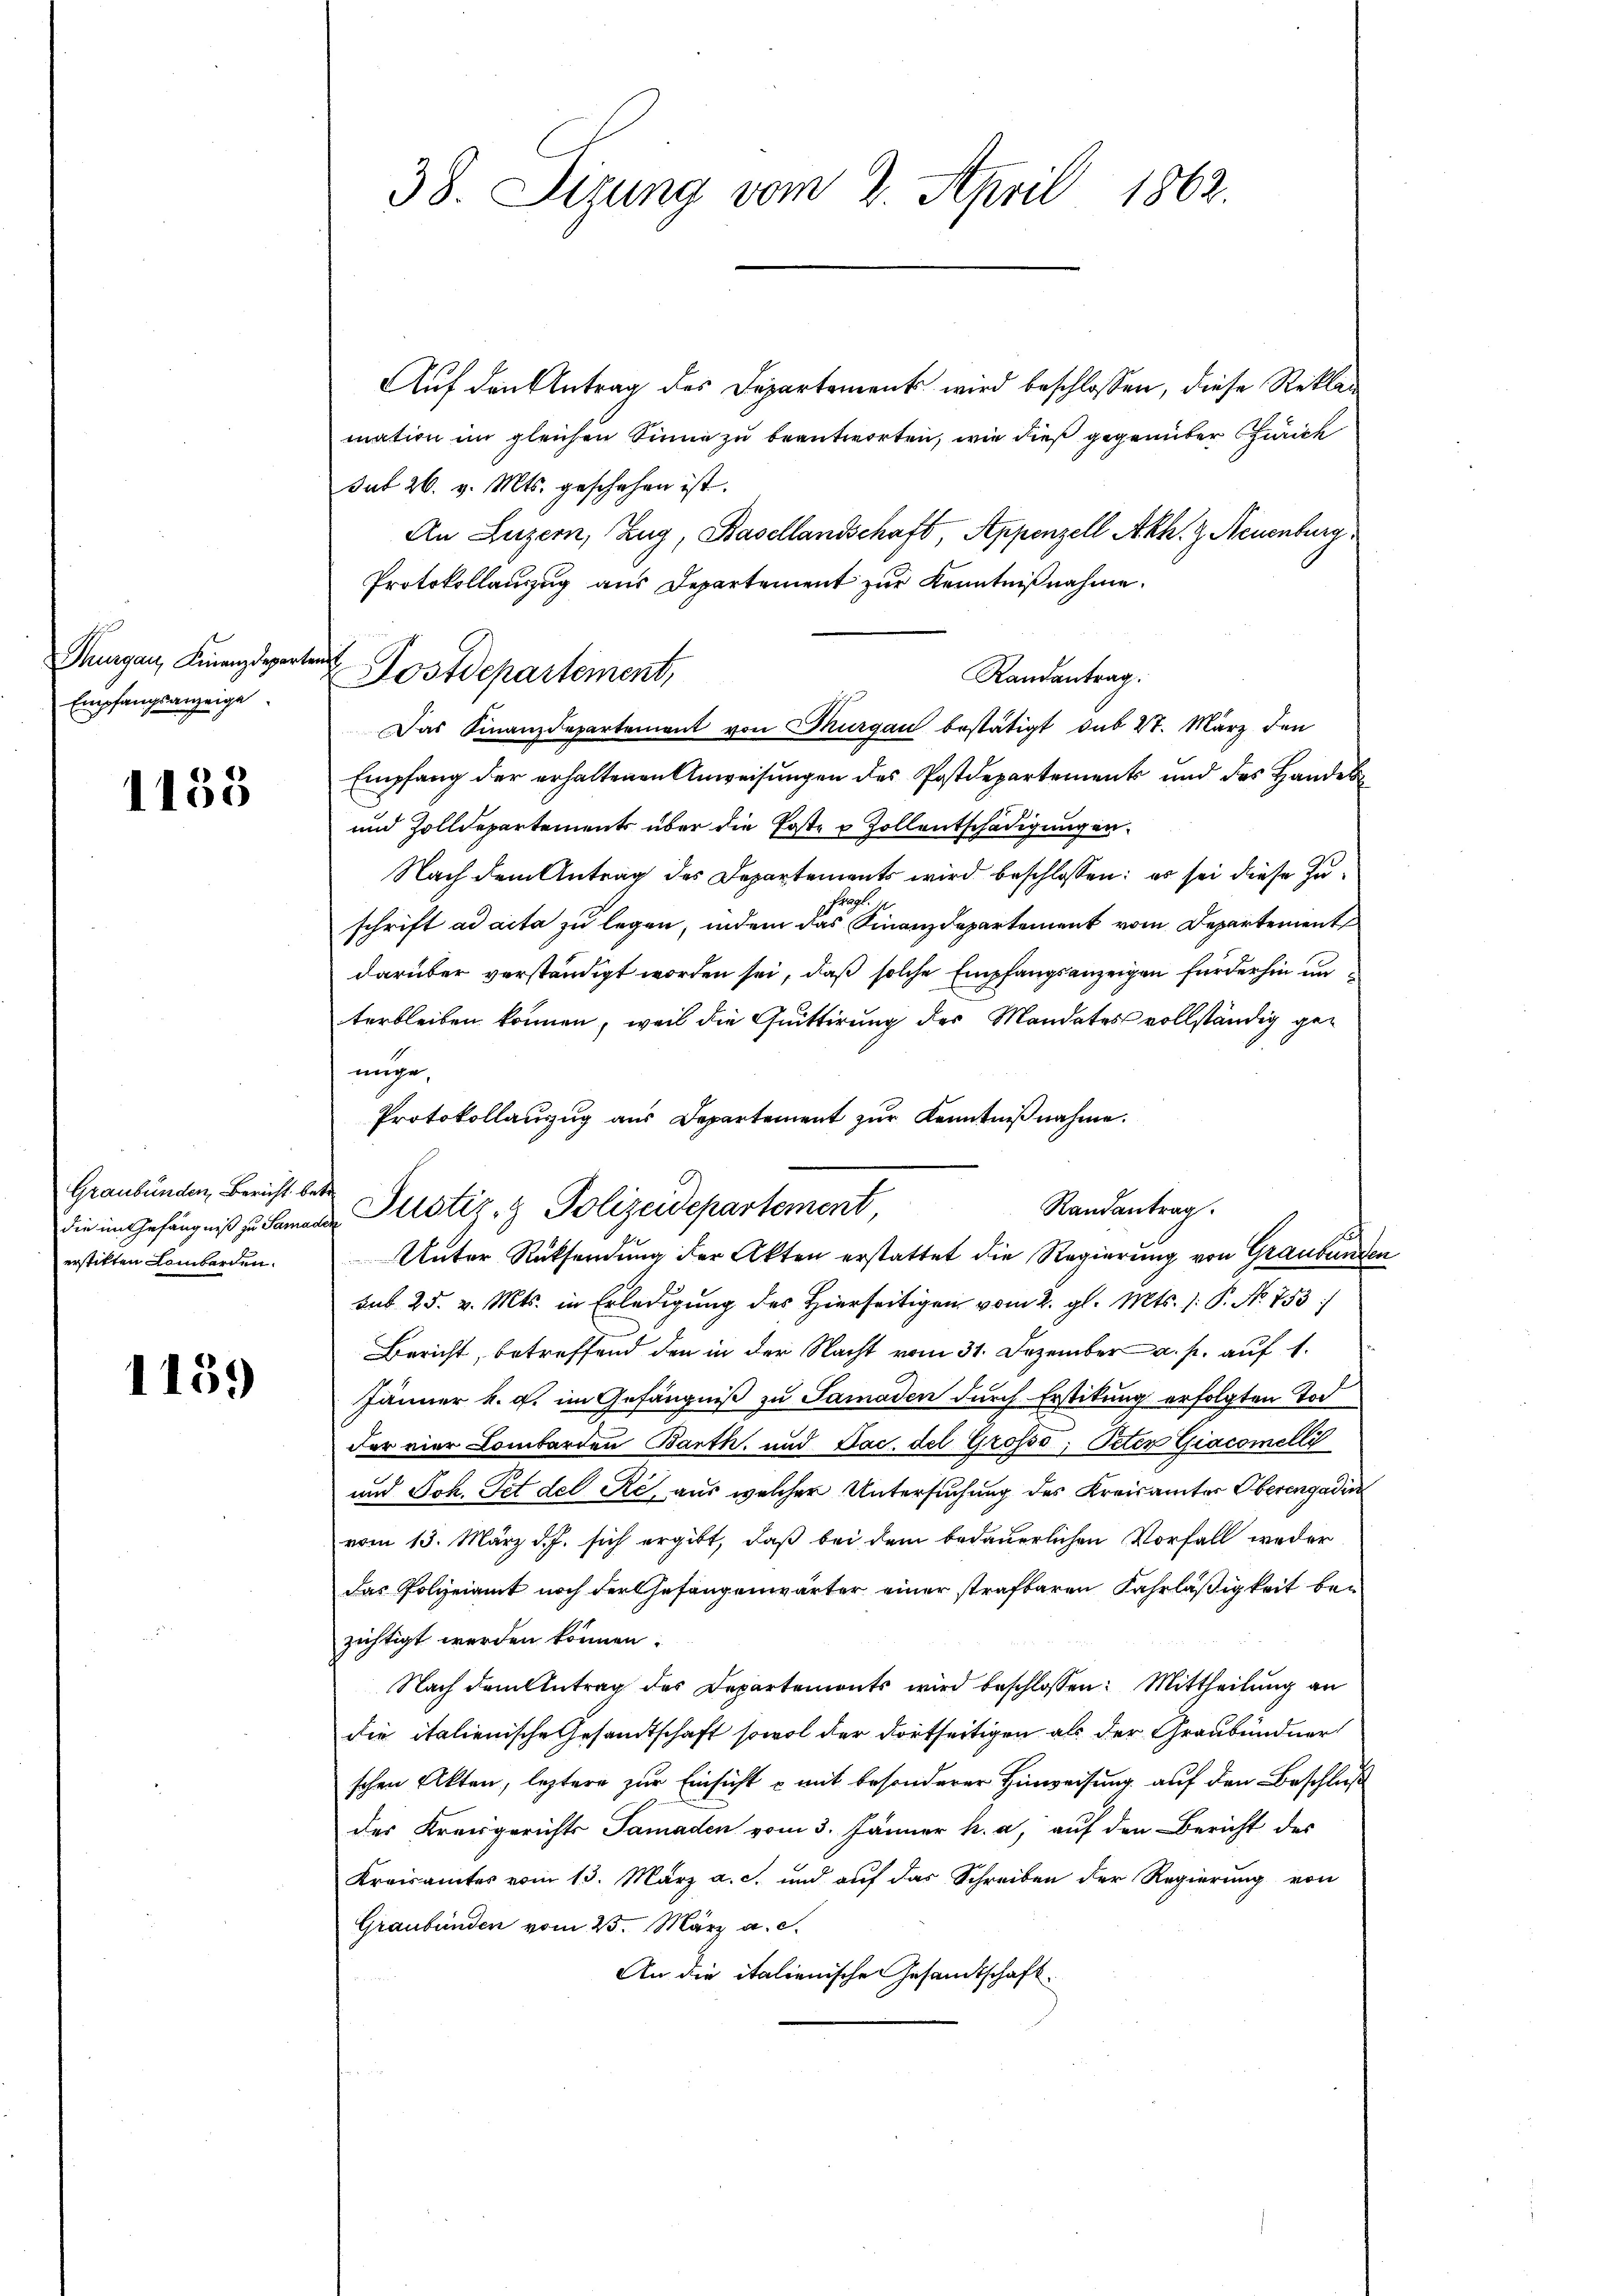
Thurgau, Finanzdeparten
Empfangsanzeige

1135

Graubünden, Bericht betr.
erstiften Lombarden.

1159

Auf den Antrag des Departement wird beschlossen, diese Reklag
mation im gleichen Sinne zu beantworten, wie dieß gegenüber Zürich
sut 26. v. Mts. geschehen ist.
An Luzern, Zug, Basellandschaft, Appenzell Akh. Z. Neuenburg
Protokollauszug aus Departement zur Kenntnißnahme.
Randantrag.
Das Finanzdepartement von Thurgau bestätigt, sub 27. März den
Empfang der erhaltenen Anweisungen des Postdepartements und des Handel
und Zolldepartements über die Post- & Zollentschädigungen.
Nach dem Antrag des Departements wird beschlossen: es sei diese Zu¬
Prof.
schrift ad acta zu legen, indem das Finanzdepartement vom Departement
darüber verständigt worden sei, daß solche Empfangsanzeigen fürderhin unterbleiben können, weil die Quittirung der Mandates vollständig gemache
Protokollauzug aus Departement zur Kenntnißnahme.
die im Gefängniß zu Hanna Pustiz- & Polizeidepartement,
Unter Rücksendung der Akten erstattet die Regierung von Graubünden
sub. 25. v. Mts. in Erledigung des Hierseitigen vom 2. gl. Mts. 1. P. No. 753/
Bericht, betreffend den in der Nacht vom 31. Dezember a. p. auf 1.
Jänner k. g. im Gefängniß zu Samaden durch Erstitung erfolgten Tod
der vier Lombarden Barth, und Lac. des Gross, Peter Giacomell
und Joh. Tit des Ré, aus welcher Untersuchung des Kreisämter Oberengadin
vom 13. März d. J. sich ergibt, daß bei dem bedauerlichen Vorfall weder
das Polzeiamt noch der Gefangenwärter einer strafbaren Fahrläßigkeit bezichtigt werden können.
Nach dem Antrag des Departemonts wird beschlossen: Mittheilung an
die italienische Gesandtschaft sowol der dortseitigen als der Graubündner
schen Akten, leztere zur Einsicht - mit besonderer Hinweisung auf den Beschluß
der Kreisgerichts Samaden vom 3. Jänner h. a, auf den Bericht des
Kreisamtes vom 13. März a. c. und auf das Schreiben der Regierung von
Graubünden vom 25. März a. c.
An die italienischen Gesandtschaft.

38. Sizung vom 2. April 1862.

Postdepartement,

Randantrag.